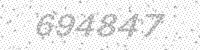
Solution: 694847